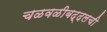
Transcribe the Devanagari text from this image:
चळवळीबद्दलची